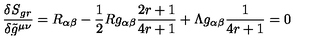
\frac { \delta { \it S } _ { g r } } { \delta \tilde { g } ^ { \mu \nu } } = R _ { \alpha \beta } - \frac { 1 } { 2 } R g _ { \alpha \beta } \frac { 2 r + 1 } { 4 r + 1 } + \Lambda g _ { \alpha \beta } \frac { 1 } { 4 r + 1 } = 0